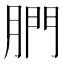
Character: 𦝋